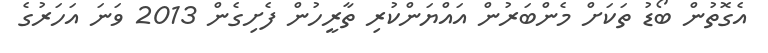
އެގޮތުން ބޯޑު ތަކަށް މެންބަރުން އައްޔަންކުރި ތާރީހުން ފެށިގެން 2013 ވަނަ އަހަރުގެ